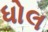
ધોલ